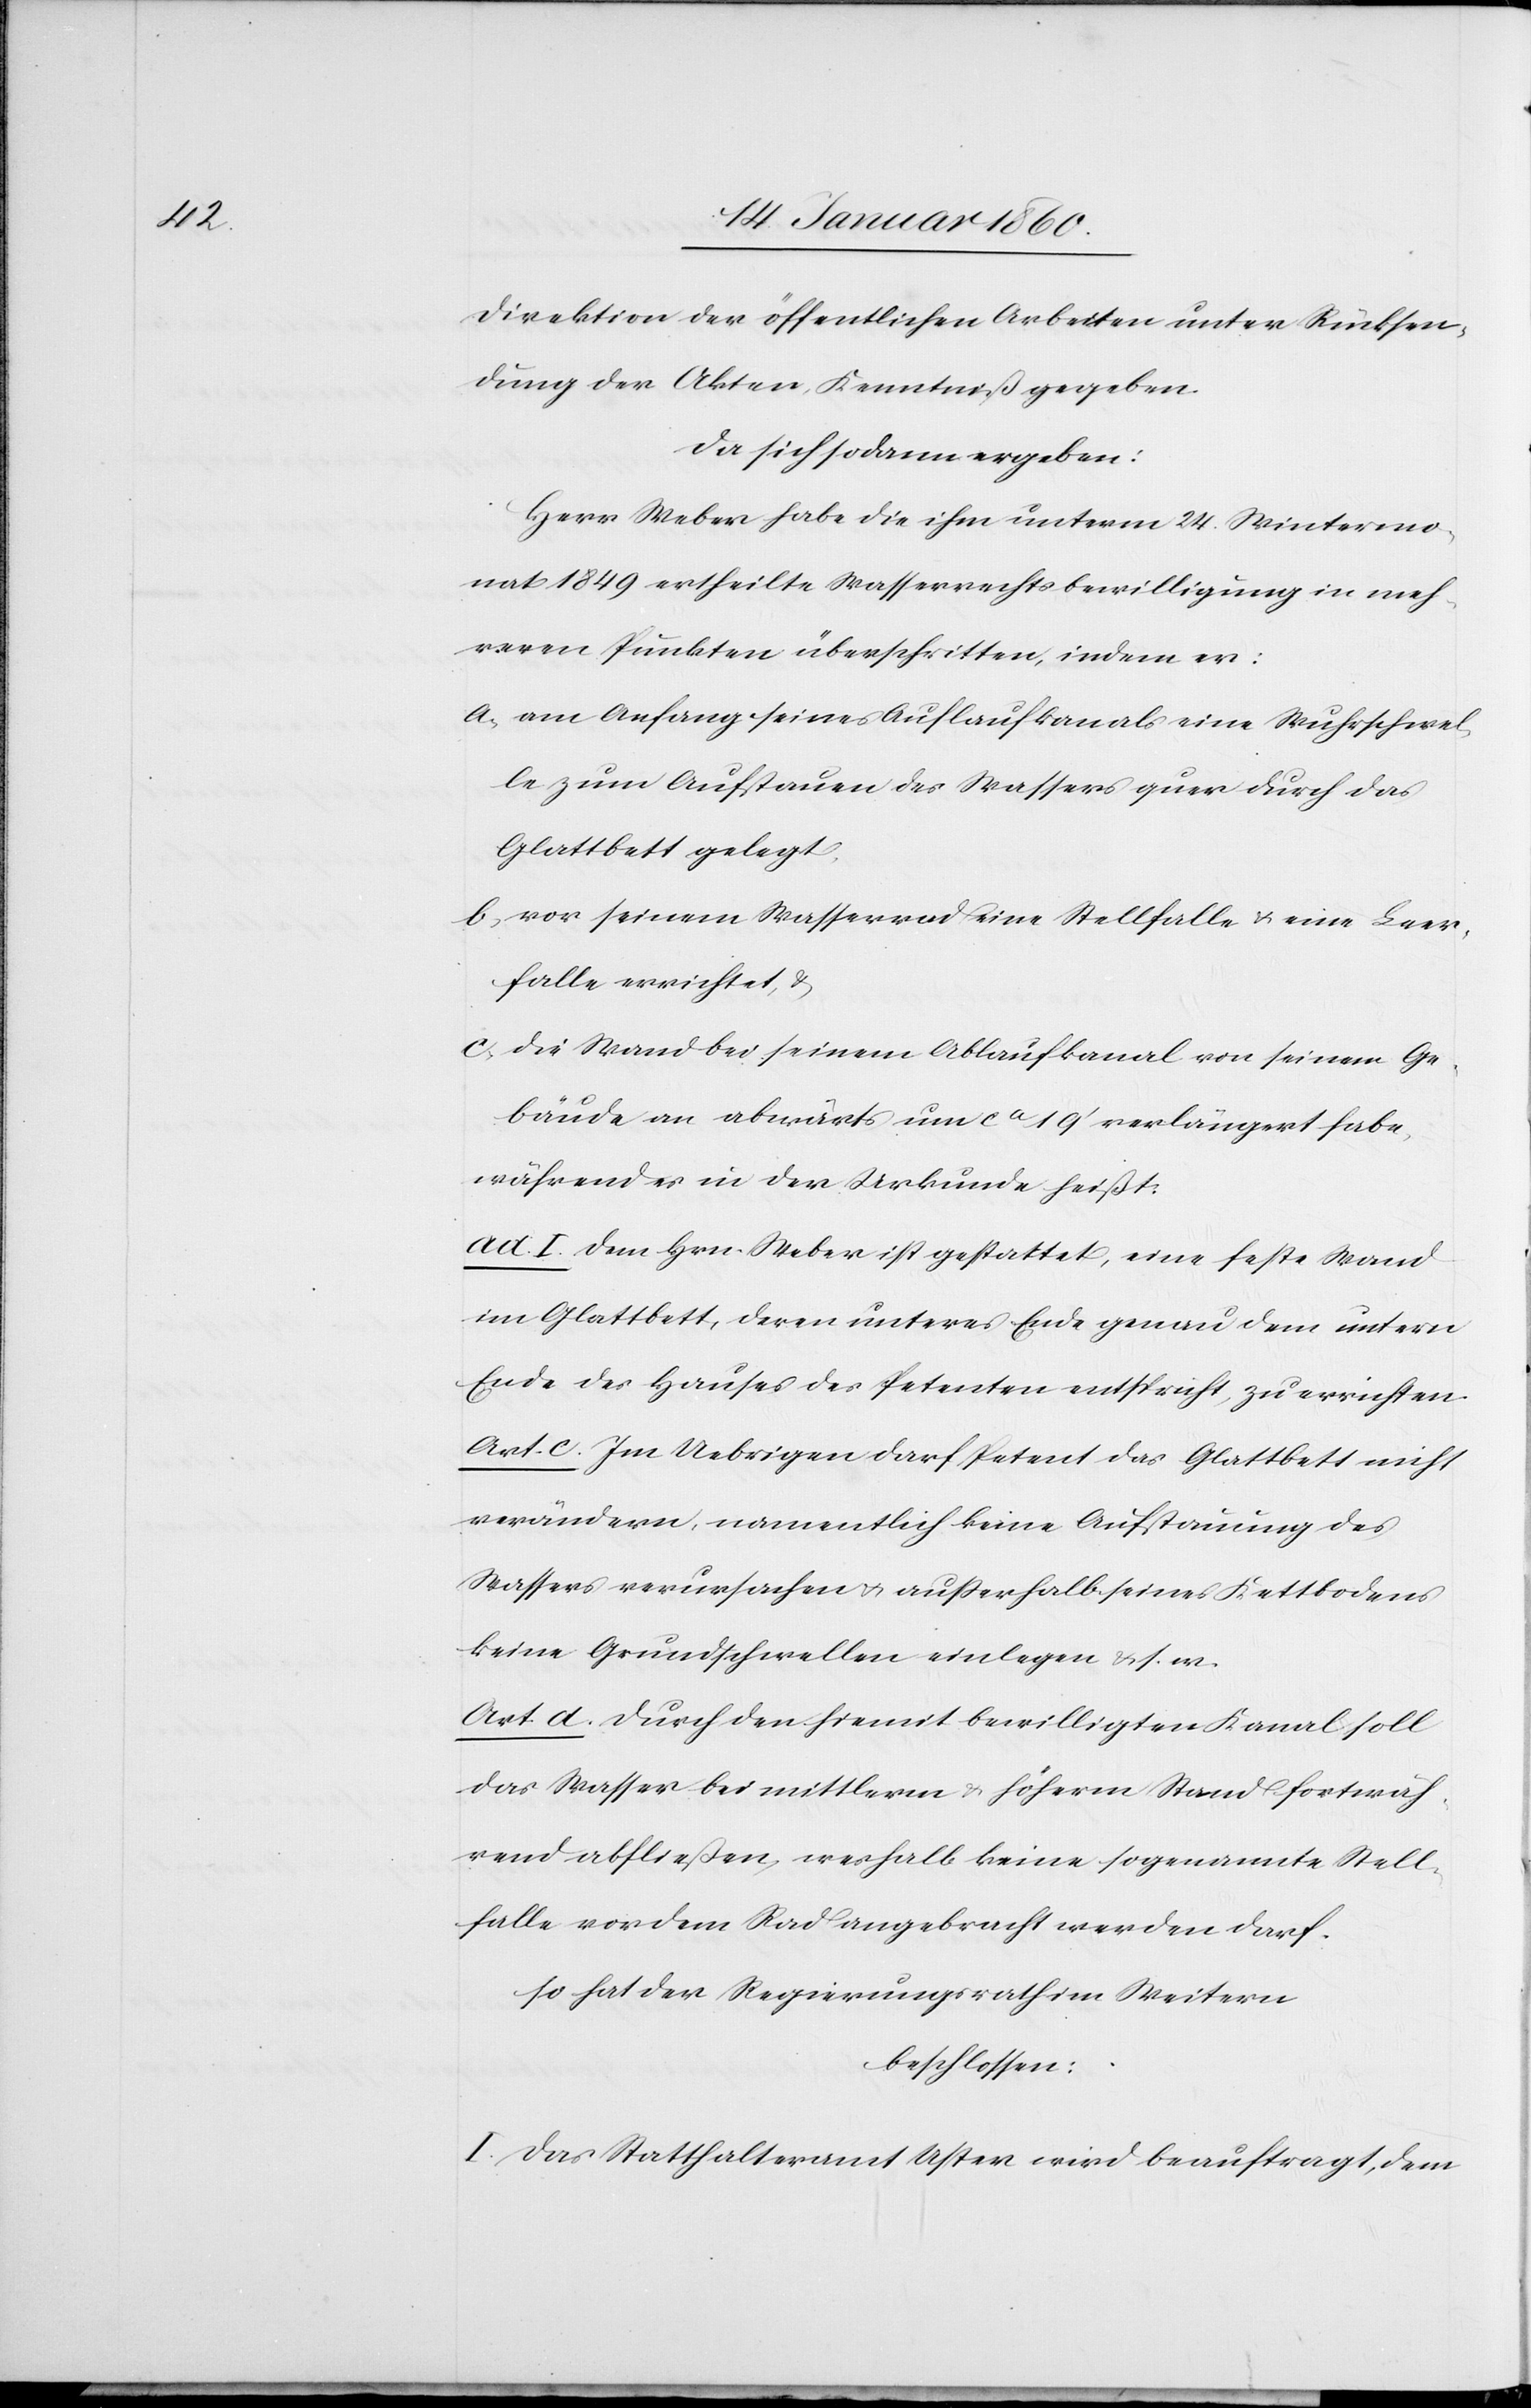
Direktion der öffentlichen Arbeiten unter Rücksen¬
dung der Akten, Kenntniß gegeben.
Da sich sodann ergeben:
Herr Weber habe die ihm unterm 24. Wintermo¬
nat 1849 ertheilte Wasserrechtsbewilligung in meh¬
reren Punkten überschritten, indem er:
a. am Anfang seines Auflaufkanals eine Wuhrschwel¬
le zum Aufstauen des Wassers quer durch das
Glattbett gelegt.
b. vor seinem Wasserrad eine Stellfalle u. eine Leer¬
falle errichtet, u.
c. die Wand bei seinem Ablaufkanal von seinem Ge¬
bäude an abwärts um ca 19’ verlängert habe,
während es in der Urkunde heißt:
ad I. dem Hrn. Weber ist gestattet, eine feste Wand
im Glattbett, deren unteres Ende genau dem untern
Ende des Hauses des Petenten entspricht, zu errichten.
Art. c. Im Uebrigen darf Petent das Glattbett nicht
verändern, namentlich keine Aufstauung des
Wassers verursachen u. außerhalb seines Kettbodens
keine Grundschwellen einlegen u. s. w.
Art. d. durch den hiemit bewilligten Kanal soll
das Wasser bei mittlerm u. höherm Stand fortwäh¬
rend abfließen, weshalb keine sogenannte Stell¬
falle vor dem Rad angebracht werden darf.
so hat der Regierungsrath im Weitern
beschlossen:
I. Das Statthalteramt Uster wird beauftragt, dem